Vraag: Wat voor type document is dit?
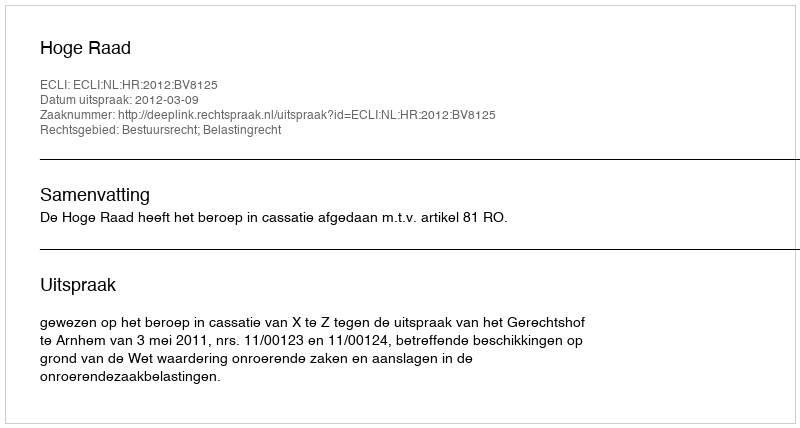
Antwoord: Uitspraak